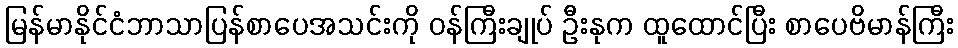
မြန်မာနိုင်ငံဘာသာပြန်စာပေအသင်းကို ဝန်ကြီးချုပ် ဦးနုက ထူထောင်ပြီး စာပေဗိမာန်ကြီး